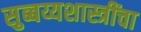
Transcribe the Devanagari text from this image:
सुब्बय्यशास्त्रींचा